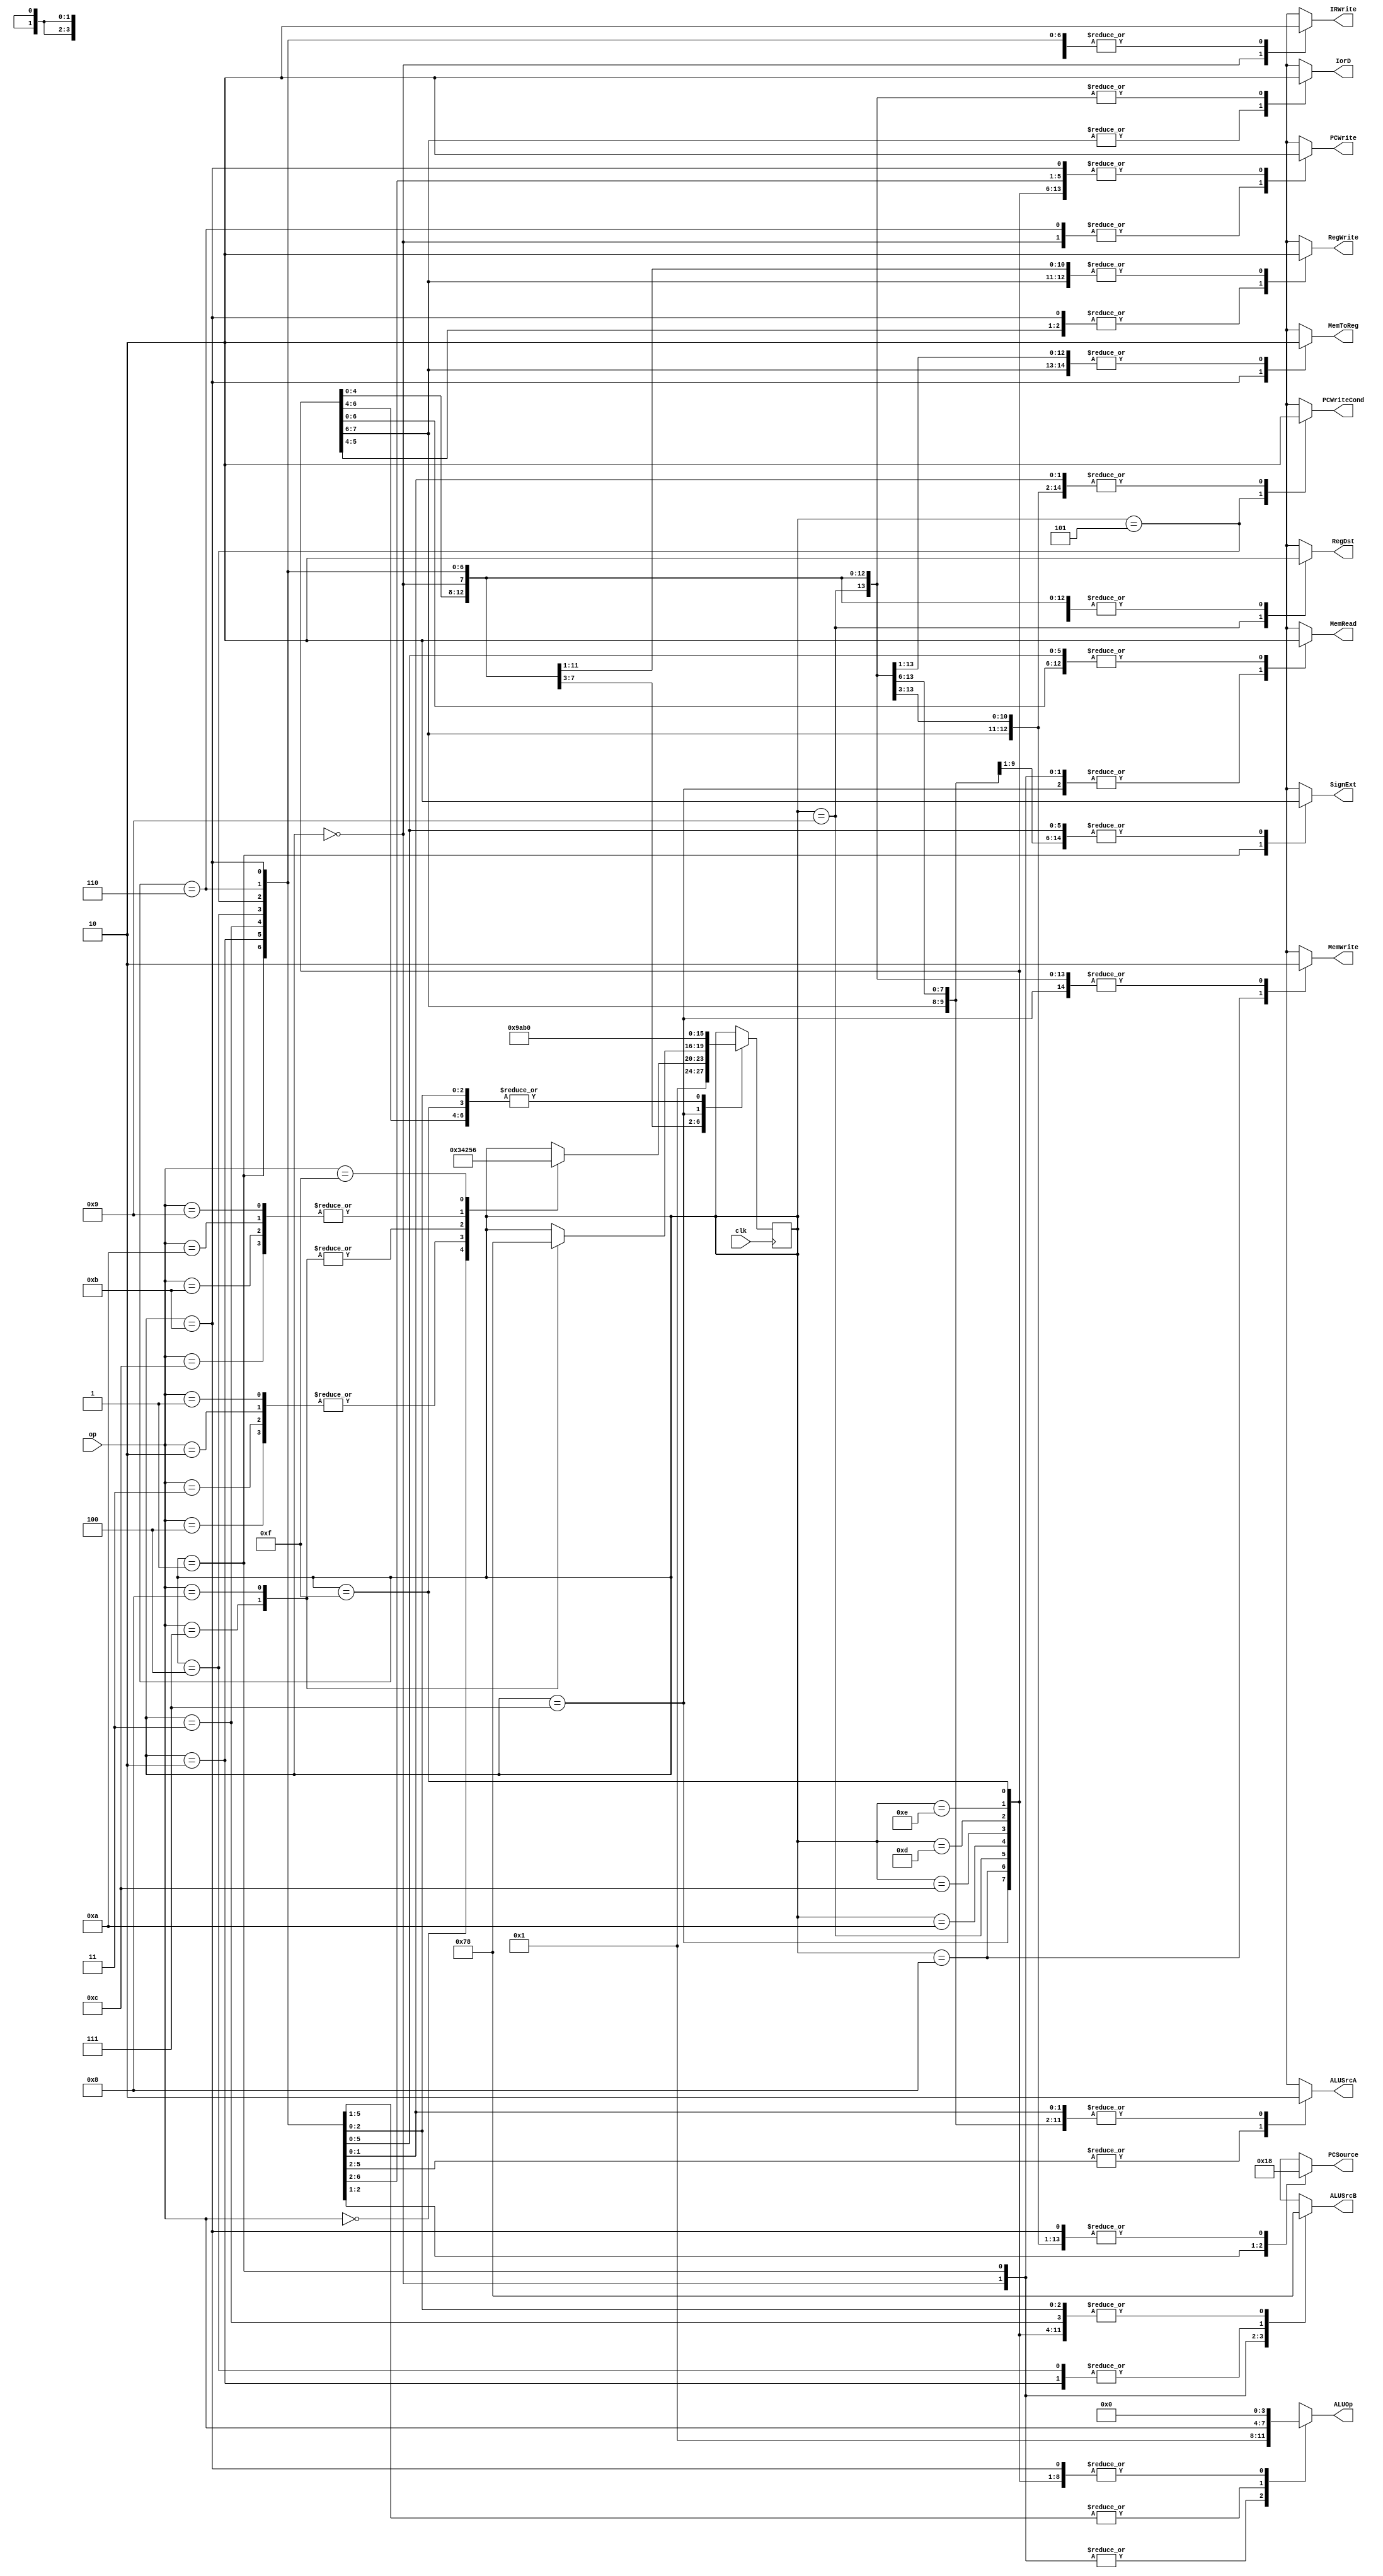
//control unit
module controlUnit
	(
		input clk,
		input [3:0] op,
		output reg RegDst, MemRead, MemToReg,
		MemWrite, ALUSrcA, RegWrite, SignExt, PCWriteCond,
		PCWrite, IorD, IRWrite,
		output reg [1:0] ALUSrcB,
		output reg [1:0] PCSource,
		output reg [3:0] ALUOp 
	);


	localparam 
		STATE_INIT = 4'b1111,
		STATE_IF = 4'b0000,
		STATE_ID = 4'b0001,
		STATE_LOAD_STORE_MEM_ADDRESS_COMPUTATION = 4'b0010,
		STATE_R_TYPE_EXEC = 4'b0011,
		STATE_I_TYPE_EXEC = 4'b0100,
		STATE_BRANCH_COMPLETION = 4'b0101,
		STATE_JUMP_COMPLETION = 4'b0110,
		STATE_LOAD_MEM_ACCESS = 4'b0111,
		STATE_STORE_MEM_ACCESS = 4'b1000,
		STATE_R_TYPE_COMPLETION = 4'b1001,
		STATE_I_TYPE_COMPLETION = 4'b1010,
		STATE_LOAD_MEM_READ_COMPLETION = 4'b1011,
		STATE_TEMP2 = 4'b1100,
		STATE_TEMP3 = 4'b1101,
		STATE_TEMP4 = 4'b1110;


	reg[3:0] currState;
	reg[3:0] nextState;

	initial currState = STATE_INIT;

	always @(posedge clk) begin
		currState = nextState;
	end

	always @(*) begin
		nextState = currState;
		case (currState)

			STATE_INIT: begin
				nextState = STATE_IF;
			end

			STATE_IF: begin
				nextState = STATE_ID;
			end

			STATE_ID: begin
				case (op)
					// R-Type
					4'b0000: begin
						nextState = STATE_R_TYPE_EXEC;
					end

					// I-Type 
					4'b0001, 4'b0010, 4'b0011, 4'b0100: begin
						nextState = STATE_I_TYPE_EXEC;
					end

					// Load Store
					4'b0111, 4'b1000: begin
						nextState = STATE_LOAD_STORE_MEM_ADDRESS_COMPUTATION;
					end

					// Branch
					4'b1001, 4'b1010, 4'b1011, 4'b1100: begin
						nextState = STATE_BRANCH_COMPLETION;
					end

					// Jump
					4'b1111: begin
						nextState = STATE_JUMP_COMPLETION;
					end
				endcase
			end

			STATE_LOAD_STORE_MEM_ADDRESS_COMPUTATION: begin
				case(op)
					4'b0111: begin
						nextState = STATE_LOAD_MEM_ACCESS;
					end
					4'b1000: begin
						nextState = STATE_STORE_MEM_ACCESS;
					end
				endcase
			end

			STATE_R_TYPE_EXEC: begin
				nextState = STATE_R_TYPE_COMPLETION;
			end

			STATE_I_TYPE_EXEC: begin
				nextState = STATE_I_TYPE_COMPLETION;
			end

			STATE_BRANCH_COMPLETION: begin
				nextState = STATE_IF;
			end

			STATE_JUMP_COMPLETION: begin
				nextState = STATE_IF;
			end

			STATE_LOAD_MEM_ACCESS: begin
				nextState = STATE_LOAD_MEM_READ_COMPLETION;
			end

			STATE_STORE_MEM_ACCESS: begin
				nextState = STATE_IF;
			end

			STATE_R_TYPE_COMPLETION: begin
				nextState = STATE_IF;
			end

			STATE_I_TYPE_COMPLETION: begin
				nextState = STATE_IF;
			end

			STATE_LOAD_MEM_READ_COMPLETION: begin
				nextState = STATE_IF;
			end
		endcase
	end

	initial begin
			RegDst = 1'b0;
			MemRead = 1'b0;
			MemToReg = 1'b0;
			MemWrite = 1'b0;
			ALUSrcA = 1'b0;
			RegWrite = 1'b0;
			SignExt = 1'b0;
			PCWriteCond = 1'b0;
			PCWrite= 1'b0;
			IorD = 1'b0;
			IRWrite = 1'b0;
			PCSource = 2'b00;
			ALUSrcB = 2'b00;
			ALUOp = 4'b0000;
	end


	always @(*) begin
		case (currState)

			STATE_INIT: begin
				RegDst = 1'b0;
				MemRead = 1'b0;
				MemToReg = 1'b0;
				MemWrite = 1'b0;
				ALUSrcA = 1'b0;
				RegWrite = 1'b0;
				SignExt = 1'b0;
				PCWriteCond = 1'b0;
				PCWrite= 1'b0;
				IorD = 1'b0;
				IRWrite = 1'b0;
				PCSource = 2'b00;
				ALUSrcB = 2'b00;
				ALUOp = 4'b0000;
			end

			STATE_IF: begin
				RegDst = 1'b0;
				MemRead = 1'b1;
				MemToReg = 1'b0;
				MemWrite = 1'b0;
				ALUSrcA = 1'b0;
				RegWrite = 1'b0;
				SignExt = 1'b0;
				PCWriteCond = 1'b0;
				PCWrite= 1'b1;
				IorD = 1'b0;
				IRWrite = 1'b1;
				PCSource = 2'b00;
				ALUSrcB = 2'b01;
				ALUOp = 4'b0001;
			end

			STATE_ID: begin
				RegDst = 1'b0;
				MemRead = 1'b1;
				MemToReg = 1'b0;
				MemWrite = 1'b0;
				ALUSrcA = 1'b0;
				RegWrite = 1'b0;
				SignExt = 1'b1;
				PCWriteCond = 1'b0;
				PCWrite= 1'b0;
				IorD = 1'b0;
				IRWrite = 1'b0;
				PCSource = 2'b00;
				ALUSrcB = 2'b11;
				ALUOp = 4'b0001;
			end

			STATE_LOAD_STORE_MEM_ADDRESS_COMPUTATION: begin
				RegDst = 1'b0;
				MemRead = 1'b0;
				MemToReg = 1'b0;
				MemWrite = 1'b0;
				ALUSrcA = 1'b1;
				RegWrite = 1'b0;
				SignExt = 1'b0;
				PCWriteCond = 1'b0;
				PCWrite= 1'b0;
				IorD = 1'b0;
				IRWrite = 1'b0;
				PCSource = 2'b00;
				ALUSrcB = 2'b10;
				ALUOp = op;
			end

			STATE_R_TYPE_EXEC: begin
				RegDst = 1'b0;
				MemRead = 1'b0;
				MemToReg = 1'b0;
				MemWrite = 1'b0;
				ALUSrcA = 1'b1;
				RegWrite = 1'b0;
				SignExt = 1'b0;
				PCWriteCond = 1'b0;
				PCWrite= 1'b0;
				IorD = 1'b0;
				IRWrite = 1'b0;
				PCSource = 2'b00;
				ALUSrcB = 2'b00;
				ALUOp = op;
			end
			STATE_I_TYPE_EXEC: begin
				RegDst = 1'b0;
				MemRead = 1'b0;
				MemToReg = 1'b0;
				MemWrite = 1'b0;
				ALUSrcA = 1'b1;
				RegWrite = 1'b0;
				SignExt = 1'b0;
				PCWriteCond = 1'b0;
				PCWrite= 1'b0;
				IorD = 1'b0;
				IRWrite = 1'b0;
				PCSource = 2'b00;
				ALUSrcB = 2'b10;
				ALUOp = op;
			end
			STATE_BRANCH_COMPLETION: begin
				RegDst = 1'b0;
				MemRead = 1'b0;
				MemToReg = 1'b0;
				MemWrite = 1'b0;
				ALUSrcA = 1'b1;
				RegWrite = 1'b0;
				SignExt = 1'b0;
				PCWriteCond = 1'b1;
				PCWrite= 1'b0;
				IorD = 1'b0;
				IRWrite = 1'b0;
				PCSource = 2'b01;
				ALUSrcB = 2'b00;
				ALUOp = op;
			end
			STATE_JUMP_COMPLETION: begin
				RegDst = 1'b0;
				MemRead = 1'b0;
				MemToReg = 1'b0;
				MemWrite = 1'b0;
				ALUSrcA = 1'b0;
				RegWrite = 1'b0;
				SignExt = 1'b0;
				PCWriteCond = 1'b0;
				PCWrite= 1'b1;
				IorD = 1'b0;
				IRWrite = 1'b0;
				PCSource = 2'b10;
				ALUSrcB = 2'b00;
				ALUOp = op;
			end
			STATE_LOAD_MEM_ACCESS: begin
				RegDst = 1'b0;
				MemRead = 1'b1;
				MemToReg = 1'b0;
				MemWrite = 1'b0;
				ALUSrcA = 1'b0;
				RegWrite = 1'b0;
				SignExt = 1'b0;
				PCWriteCond = 1'b0;
				PCWrite= 1'b0;
				IorD = 1'b1;
				IRWrite = 1'b0;
				PCSource = 2'b00;
				ALUSrcB = 2'b00;
				ALUOp = 4'b0000;
			end
			STATE_STORE_MEM_ACCESS: begin
				RegDst = 1'b0;
				MemRead = 1'b0;
				MemToReg = 1'b0;
				MemWrite = 1'b1;
				ALUSrcA = 1'b0;
				RegWrite = 1'b0;
				SignExt = 1'b0;
				PCWriteCond = 1'b0;
				PCWrite= 1'b0;
				IorD = 1'b1;
				IRWrite = 1'b0;
				PCSource = 2'b00;
				ALUSrcB = 2'b00;
				ALUOp = 4'b0000;
			end
			STATE_R_TYPE_COMPLETION: begin
				RegDst = 1'b1;
				MemRead = 1'b0;
				MemToReg = 1'b0;
				MemWrite = 1'b0;
				ALUSrcA = 1'b0;
				RegWrite = 1'b1;
				SignExt = 1'b0;
				PCWriteCond = 1'b0;
				PCWrite= 1'b0;
				IorD = 1'b0;
				IRWrite = 1'b0;
				PCSource = 2'b00;
				ALUSrcB = 2'b00;
				ALUOp = 4'b0000;
			end
			STATE_I_TYPE_COMPLETION: begin
				RegDst = 1'b0;
				MemRead = 1'b0;
				MemToReg = 1'b0;
				MemWrite = 1'b0;
				ALUSrcA = 1'b0;
				RegWrite = 1'b1;
				SignExt = 1'b0;
				PCWriteCond = 1'b0;
				PCWrite= 1'b0;
				IorD = 1'b0;
				IRWrite = 1'b0;
				PCSource = 2'b00;
				ALUSrcB = 2'b00;
				ALUOp = 4'b0000;
			end
			STATE_LOAD_MEM_READ_COMPLETION: begin
				RegDst = 1'b0;
				MemRead = 1'b0;
				MemToReg = 1'b1;
				MemWrite = 1'b0;
				ALUSrcA = 1'b0;
				RegWrite = 1'b1;
				SignExt = 1'b0;
				PCWriteCond = 1'b0;
				PCWrite= 1'b0;
				IorD = 1'b0;
				IRWrite = 1'b0;
				PCSource = 2'b00;
				ALUSrcB = 2'b00;
				ALUOp = 4'b0000;
			end
			STATE_TEMP2: begin
				RegDst = 1'b0;
				MemRead = 1'b0;
				MemToReg = 1'b0;
				MemWrite = 1'b0;
				ALUSrcA = 1'b0;
				RegWrite = 1'b0;
				SignExt = 1'b0;
				PCWriteCond = 1'b0;
				PCWrite= 1'b0;
				IorD = 1'b0;
				IRWrite = 1'b0;
				PCSource = 2'b00;
				ALUSrcB = 2'b00;
				ALUOp = 4'b0000;
			end
			STATE_TEMP3: begin
				RegDst = 1'b0;
				MemRead = 1'b0;
				MemToReg = 1'b0;
				MemWrite = 1'b0;
				ALUSrcA = 1'b0;
				RegWrite = 1'b0;
				SignExt = 1'b0;
				PCWriteCond = 1'b0;
				PCWrite= 1'b0;
				IorD = 1'b0;
				IRWrite = 1'b0;
				PCSource = 2'b00;
				ALUSrcB = 2'b00;
				ALUOp = 4'b0000;
			end
			STATE_TEMP4: begin
				RegDst = 1'b0;
				MemRead = 1'b0;
				MemToReg = 1'b0;
				MemWrite = 1'b0;
				ALUSrcA = 1'b0;
				RegWrite = 1'b0;
				SignExt = 1'b0;
				PCWriteCond = 1'b0;
				PCWrite= 1'b0;
				IorD = 1'b0;
				IRWrite = 1'b0;
				PCSource = 2'b00;
				ALUSrcB = 2'b00;
				ALUOp = 4'b0000;
			end

		endcase

	end


endmodule